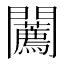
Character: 𨷳